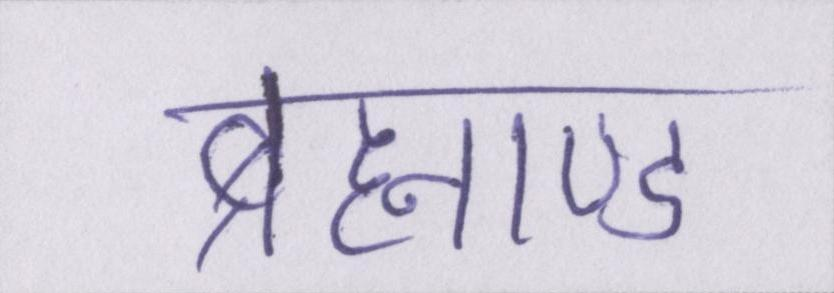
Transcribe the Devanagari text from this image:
ब्रह्माण्ड